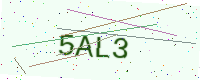
Text: 5AL3